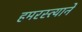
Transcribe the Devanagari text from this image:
हमरस्त्याने